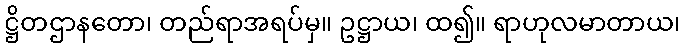
ဋ္ဌိတဌာနတော၊ တည်ရာအရပ်မှ။ ဥဋ္ဌာယ၊ ထ၍။ ရာဟုလမာတာယ၊